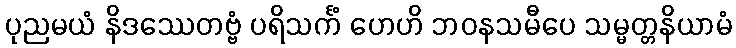
ပုညမယံ နိဒဿေတဗ္ဗံ ပရိသင်္ကံ ဟေဟိ ဘဝနသမီပေ သမ္မတ္တနိယာမံ